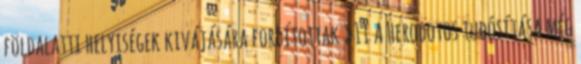
földalatti helyiségek kivájására fordítottak »11 A Herodotos tudósítása még